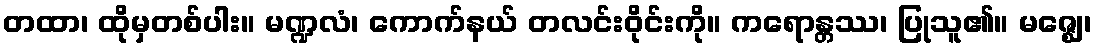
တထာ၊ ထိုမှတစ်ပါး။ မဏ္ဍလံ၊ ကောက်နယ် တလင်းဝိုင်းကို။ ကရောန္တဿ၊ ပြုသူ၏။ မဇ္ဈေ၊